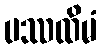
ပဿထိမံ